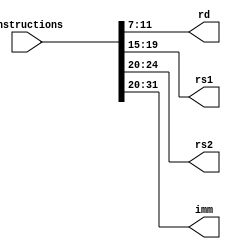
module ID(instructions , rd, rs1, rs2, imm);

input [31:0] instructions;

output [4:0] rd, rs1, rs2;
output [11:0] imm;

assign rd = instructions[11:7];
assign rs1 = instructions[19:15];
assign rs2 = instructions[24:20];
assign imm = instructions[31:20];


endmodule